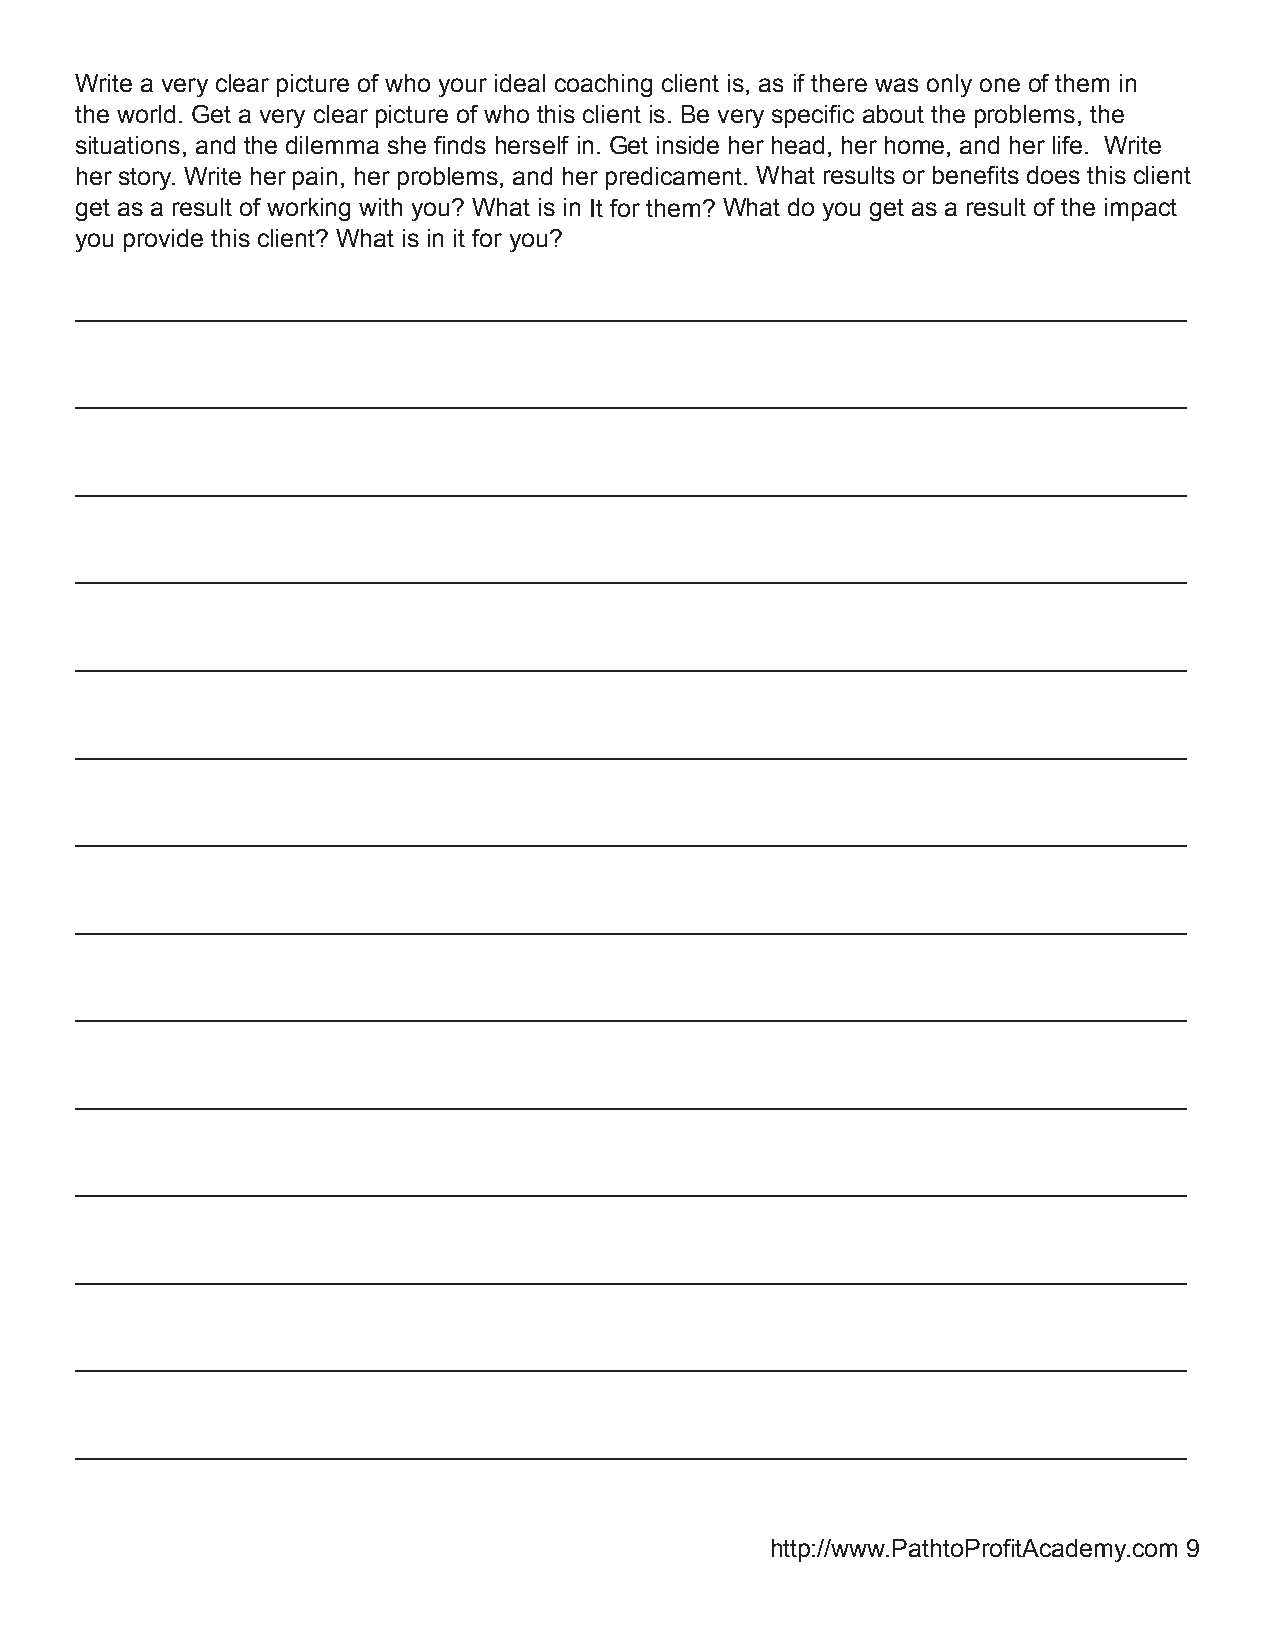
Write a very clear picture of who your ideal coaching client is, as if there was only one of them in
 the world. Get a very clear picture of who this client is. Be very specific about the problems, the
 situations, and the dilemma she finds herself in. Get inside her head, her home, and her life. Write
 her story. Write her pain, her problems, and her predicament. What results or benefits does this client
 get as a result of working with you? What is in It for them? What do you get as a result of the impact
 you provide this client? What is in it for you?
 ________________________________________________________________________________
 ________________________________________________________________________________
 ________________________________________________________________________________
 ________________________________________________________________________________
 ________________________________________________________________________________
 ________________________________________________________________________________
 ________________________________________________________________________________
 ________________________________________________________________________________
 ________________________________________________________________________________
 ________________________________________________________________________________
 ________________________________________________________________________________
 ________________________________________________________________________________
 ________________________________________________________________________________
 ________________________________________________________________________________
 http://www.PathtoProfitAcademy.com 9